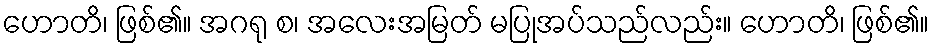
ဟောတိ၊ ဖြစ်၏။ အဂရု စ၊ အလေးအမြတ် မပြုအပ်သည်လည်း။ ဟောတိ၊ ဖြစ်၏။